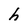
Character: h